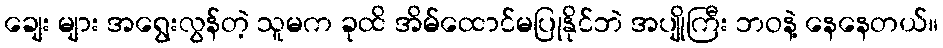
ချေး များ အရွေးလွန်တဲ့ သူမက ခုထိ အိမ်ထောင်မပြုနိုင်ဘဲ အပျိုကြီး ဘဝနဲ့ နေနေတယ်။